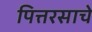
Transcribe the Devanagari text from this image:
पित्तरसाचे